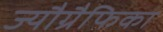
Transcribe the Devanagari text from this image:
ज्यौग्रैफिका